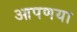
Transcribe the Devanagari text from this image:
आपणया